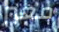
معبر